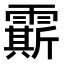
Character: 𩅰